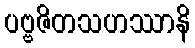
ပဗ္ဗဇိတသဟဿာနိ